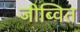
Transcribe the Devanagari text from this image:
जीब्वित